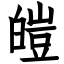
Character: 皚